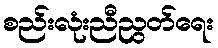
စည်းလုံးညီညွတ်ရေး